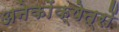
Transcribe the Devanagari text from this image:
अनेकोंक्षेत्रों